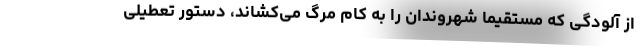
از آلودگی که مستقیما شهروندان را به کام مرگ می‌کشاند، دستور تعطیلی